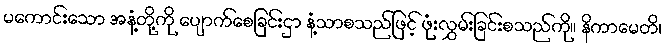
မကောင်းသော အနံ့တို့ကို ပျောက်စေခြင်းငှာ နံ့သာစသည်ဖြင့် ဖုံးလွှမ်းခြင်းစသည်ကို။ နိကာမေတိ၊